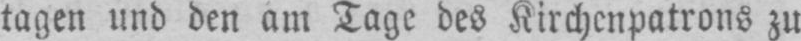
tagen und den am Tage des Kirchenpatrons zu